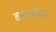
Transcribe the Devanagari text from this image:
वनवासींच्या